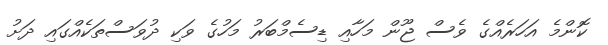
ކޮންމެ އަހަރެއްގެ ވެސް ޖޫން މަހާއި ޑިސެމްބަރު މަހުގެ ވަކި ދުވަސްތަކެއްގައި ދަށު